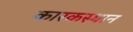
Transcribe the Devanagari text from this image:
कारकस्थान